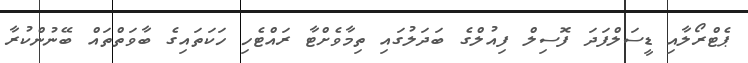
ޕެޓްރޯލާއި ޑީސަލްފަދަ ފޮސިލް ފިއުލްގެ ބަދަލުގައި ތިމާވެށްޓާ ރައްޓެހި ހަކަތައިގެ ބާވަތްތައް ބޭނުންކުރާ